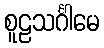
စူဠသင်္ဂါမေ